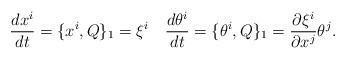
LaTeX: \begin{align*}\frac{d x^i}{dt}=\{x^{i} , Q\}_{1}=\xi^i \quad\frac{d\theta^i }{dt} =\{\theta^{i} , Q\}_{1} =\frac{\partial \xi^i}{\partial x^j}\theta^j.\end{align*}